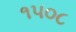
૧૫૦૮